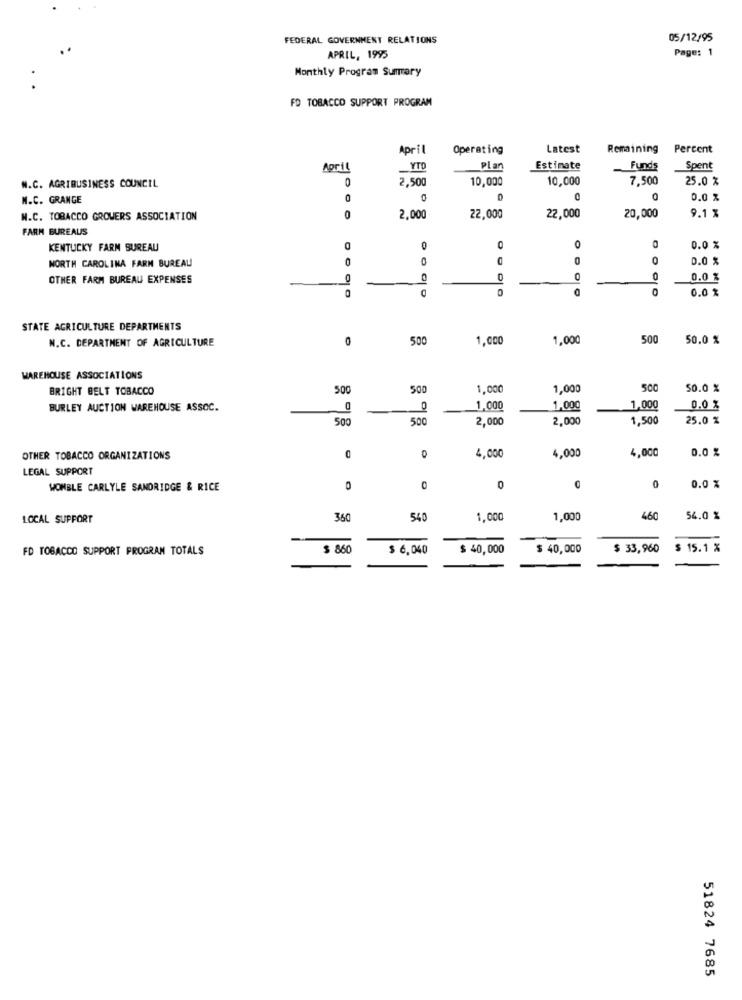
FEDERAL GOVERNMENT RELATIONS
05/12/95
Page: 1
APRIL, 1995
Monthly Program Summary
FD TOBACCO SUPPORT PROGRAM
April
Operating
Latest
Remaining
Percent
April
YTD
Plan
Estimate
Funds
Spent
2,500
10,000
10,000
7,500
25.0 %
W.C. AGRIBUSINESS COUNCIL
M.C. GRANGE
0
0,0 %
N.C. TOBACCO GROWERS ASSOCIATION
0
2,000
22,000
22,000
20,000
9.1 %
FARM BUREAUS
KENTUCKY FARM BUREAU
0
0
0
O
0.0 %
NORTH CAROLINA FARM BUREAU
0
O
0
0.0 %
OTHER FARM BUREAU EXPENSES
O
0
0.0 %
0.0 %
STATE AGRICULTURE DEPARTMENTS
N.C. DEPARTMENT OF AGRICULTURE
500
1,000
1,000
500
50.0 %
WAREHOUSE ASSOCIATIONS
BRIGHT BELT TOBACCO
500
500
1,000
1,000
500
50.0 %
BURLEY AUCTION WAREHOUSE ASSOC.
0
1,000
1,000
1,000
0.0 %
500
500
2,000
2,000
1,500
25.0 %
4,000
0.0 %
OTHER TOBACCO ORGANIZATIONS
O
4,000
4,000
LEGAL SUPPORT
WOMBLE CARLYLE SANDRIDGE & RICE
0
0
0
0
0.0 %
LOCAL SUPPORT
360
540
1,000
1,000
460
54.0 %
FD TOBACCO SUPPORT PROGRAM TOTALS
$ 860
$ 6,040
$ 40,000
$ 40,000
$ 33,960
$ 15.1 %
51824 7685